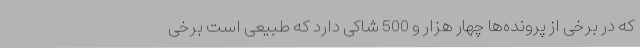
که در برخی از پرونده‌ها چهار هزار و 500 شاکی دارد که طبیعی است برخی